画像に写った文字を読んでください
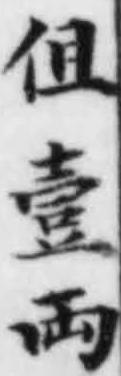
「伹壹両」と書いてあります